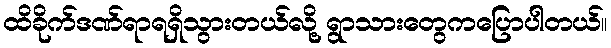
ထိခိုက်ဒဏ်ရာရရှိသွားတယ်လို့ ရွာသားတွေကပြောပါတယ်။